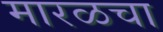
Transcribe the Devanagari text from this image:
मारळचा